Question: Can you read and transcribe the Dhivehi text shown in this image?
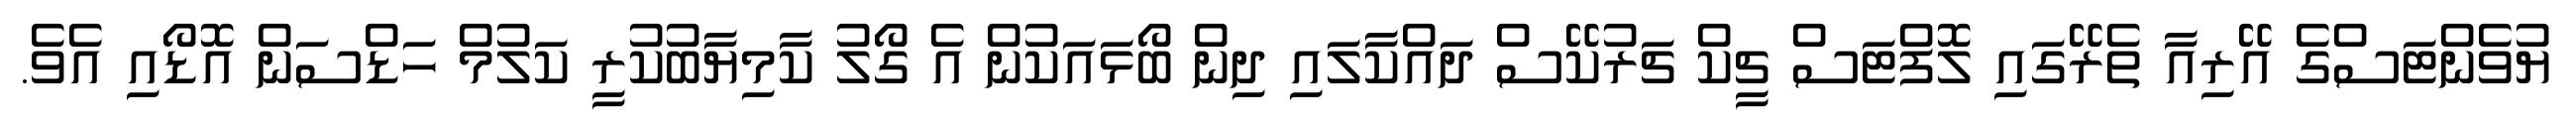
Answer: ޔުވެންޓަސްގެ އޭރިއާ ތެރޭގައި ލޮފްޓަސް ޗީކް ޗަރުކޭސް ދައްކާލައި ދިން ބޯޅައަކުން އެ ގޯލު ކާމިޔާބުކުރީ ކަލުމް ހަޑްސަން އޮޑޯއި އެވެ.